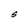
Character: S